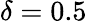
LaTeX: \delta=0.5